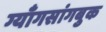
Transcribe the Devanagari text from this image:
ग्याँगसांगबुक